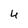
Character: 4